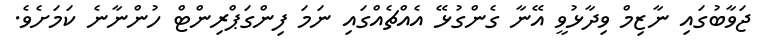
ޖަވާބުގައި ނާޒިމް ވިދާޅުވީ އޭނާ ގެންގުޅޭ އެއްޗެއްގައި ނަމަ ފިންގަޕްރިންޓް ހުންނާނެ ކަމަށެވެ.